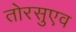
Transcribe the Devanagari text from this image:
तोरसुएव